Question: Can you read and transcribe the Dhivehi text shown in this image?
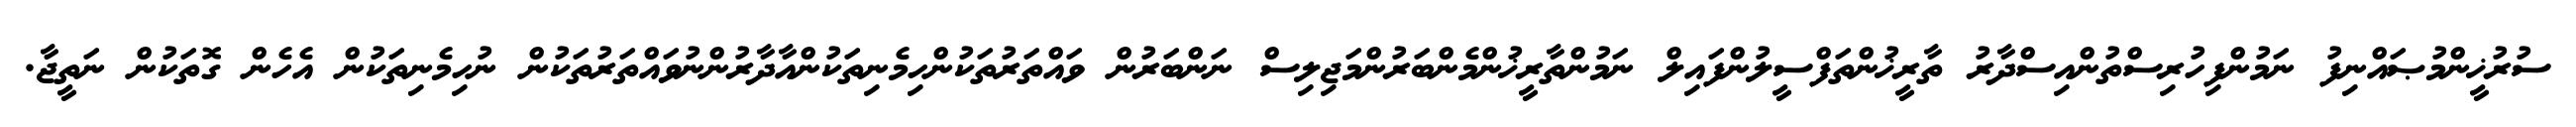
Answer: ސުރުޚީންމުޞައްނިފު ނަމުންފިހުރިސްތުންއިސްދާރު ތާރީޚުންތަފްސީލުންފައިލް ނަމުންތާރީޚުންމެންބަރުންމަޖިލިސް ނަންބަރުން ވައްތަރުތަކުންހިމެނިތަކުންއާދާރުންނުވައްތަރުތަކުން ނުހިމެނިތަކުން އެހެން ގޮތަކުން ނަތީޖާ.